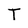
Character: T